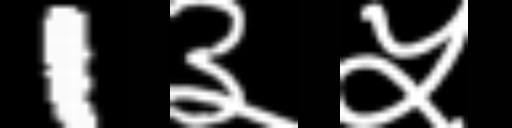
Text: 1३५